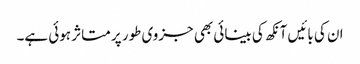
ان کی بائیں آنکھ کی بینائی بھی جزوی طور پر متاثر ہوئی ہے۔